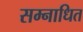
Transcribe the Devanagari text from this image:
सम्नाधित